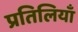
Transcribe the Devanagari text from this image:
प्रतिलियाँ